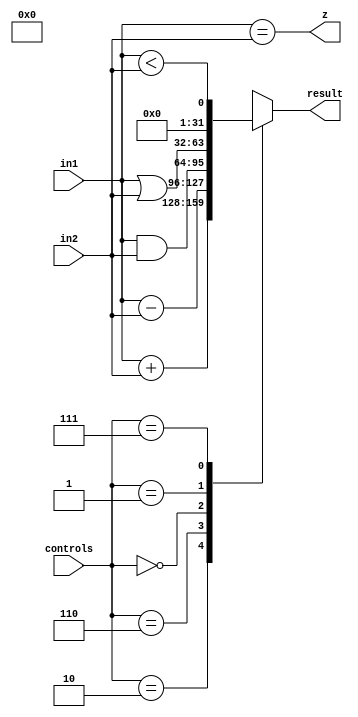
module ALU
( 
	input [2:0] controls,
	input signed [31:0] in1, in2, 
	output reg signed [31:0] result ,
	output z // zero flag
);
	always @(*)
		case(controls)
			3'b010: result = 	in1 +  in2 	;
			3'b110: result = 	in1 -  in2 	;
			3'b000: result = 	in1 &  in2 	;
			3'b001: result = 	in1 |  in2 	;
			3'b111: result = (in1 <  in2) ;
			default : result = 3'dx ;
		 endcase
	assign z = (in1 == in2) ;
endmodule